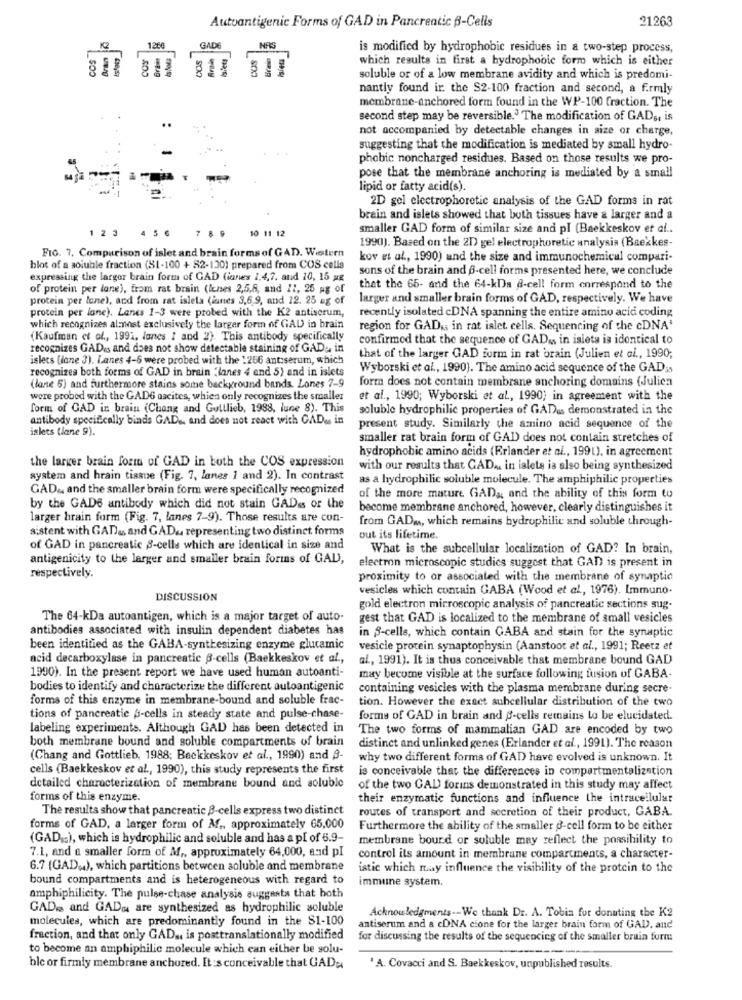
21263
Autoantigenic Forms of GAD in Pancreatic B-Cells
1260
HAS
K2
is modified by hydrophobic residues in a two-step process,
which results in first a hydrophobic form which is either
soluble or of a low membrane avidity and which is predomi-
nantly found ir the S2-100 fraction and second, a firmly
membrane-anchored form found in the WP-100 fraction. The
second step may be reversible." The modification of GADs, is
not accompanied by detectable changes in size or charge,
suggesting that the modification is mediated by small hydro-
phobic noncharged residues. Based on those results we pro-
pose that the membrane anchoring is mediated by a small
lipid or fatty acid(s).
2D gel electrophoretic analysis of the GAD forms in rat
brain and islets showed that both tissues have a larger and a
1 2 3
4 5
10 11 12
smaller GAD form of similar size and pl (Baekkeskov et al ..
7 8 9
FIG. 7. Comparison of islet and brain forms of GAD. Western
1990). Based on the 2D) gel electrophoretic analysis (Baekkes-
kov et al, 1990) and the size and immunochemical compari-
blot of a soluble fraction (81-100 + 52-130) prepared from COS cella
sons of the brain and f-cell forms presented here, we conclude
expressing the larger brain form of GAD (iones 1,4,7. and 10, 15 Mg
of protein per lane), from rat brain (lunes 2,5,8, and 11, 25 mg of
that the 65- and the 64-kDa f-cell form correspond to the
protein per lene), and from rat isleta (iunes 3,6,9, and 12. 25 ag of
larger and smaller brain forms of GAD, respectively. We have
protein per lane). Lanes 1-3 were probed with the K2 antiserum,
recently isolated cDNA spanning the entire amino acid coding
which recognizes almost exclusively the larger form of GAD in brain
region for GADKs in rat islet, cells. Sequencing of the cDNA'
(Kaufman et of ., 1991, lanes ! and 2). This antibody specifically
confirmed that the sequence of GADss in isleta is identical to
recognizes GADes and does not show detectable staining of GAD :, in
islets (lone 3). Lanes 4-6 were probed with the 1266 ant:serum, which
that of the larger GAD form in rat brain (Julien et al ., 1990;
recognizes both forms of GAD in brain "lanes 4 and 5) and in islets
Wyborski et al ., 1990). The amino acid sequence of the GAD ;.
form does not contain membrane anchoring domains (Julien
(lane 5) and furthermore stains some background bands. Lones 7-9
were probed with the GADG ascites, whien only recognizes the smaller
et al ., 1990; Wyborski et al ., 1990; in agreement with the
form of GAD in brain (Chang and Gottlieb, 1988, lune 8). This
soluble hydrophilic properties of GADus demonstrated in the
antibody specifically binda GAD ., and does not react with GAD.s in
islets (lane 9).
present study. Similarly the amino acid sequence of the
smaller rat brain form of GAD does not contain stretches of
hydrophobic amino acids (Erlander et al ., 1991), in agreement
the larger brain form of GAD in both the COS expression
with our results that GAD .. in islets is also being synthesized
system and hrain tissue (Fig. 7, lanes 1 and 2). In contrast
as a hydrophilic soluble molecule. The amphiphilic properties
GAD&, and the smaller brain form were specifically recognized
of the more mature GAD ,, and the ability of this form to
by the GADS antibody which did not stain GADss of the
become membrane anchored, however, clearly distinguishes it
larger brain form (Fig. 7, lanes 7-9). Those results are con-
from GAD ., which remains hydrophilic and soluble through-
sistent with GAD& and GAD. representing two distinct forms
out its lifetime.
of GAD in pancreatic S-cells which are identical in size and
What is the subcellular localization of GAD? In brain,
antigenicity to the larger and smaller brain forms of GAL,
electron microscopic studies suggest that GAD is present in
respectively.
proximity to or associated with the membrane of synaptic
vesicles which contain GABA (Wood et al, 1976). Immuno.
DISCUSSION
gold electron microscopic analysis of pancreatic sections sug-
The 64-kDa autoantigen, which is a major target of auto-
gest that GAD is localized to the membrane of small vesicles
antibodies associated with insulin dependent diabetes has
in 3-cells, which contain GABA and stain for the synaptic
been identified as the GABA-synthesizing enzyme glutamic
vesicle protein synaptophysin (Aanstoot et al ., 1991; Reetz et
acid decarboxylase in pancreatic 3-cells (Baekkeskov et al .,
al, 1991). It is thus conceivable that membrane bound GAD
1990). In the present report we have used human autoanti-
may become visible at the surface following fusion of GABA-
bodies to identify and characterize the different autoantigenic
containing vesicles with the plasma membrane during secre-
forms of this enzyme in membrane-bound and soluble frac-
tion. However the exact subcellular distribution of the two
tions of pancreatic p-cells in steady state and pulse-chase-
forms of GAD in brain and g-cells remains lo be elucidated.
labeling experiments. Although GAD has been detected in
The two forms of mammalian GAD are encoded by two
both membrane bound and soluble compartments of brain
distinct and unlinked genes (Erlander et al ., 1991). The reason
(Chang and Gottlieb, 1988; Backkeskov et al ., 1990) and 8-
why two different forms of GAD have evolved is unknown. It
cells (Baekkeskov et al ., 1990), this study represents the first
is conceivable that the differences in compartmentalization
detailed characterization of membrane bound and soluble
of the two GAL forins demonstrated in this study may affect
forms of this enzyme.
their enzymatic functions and influence the intracellular
The results show that pancreatic B-cells express two distinct
routes of transport and secretion of their product, GABA.
forms of GAD, a larger form of Af ,, approximately 65,000
Furthermore the ability of the smaller 3-cell form to be either
(GAD .. ), which is hydrophilic and soluble and has a pl of 6.9-
membrane bound or soluble may reflect the possibility to
7.1, and a smaller form of M ,, approximately 64,000, and pl
control its amount in membrane compartments, a character-
6.7 (GAD.), which partitions between soluble and membrane
istic which may influence the visibility of the protein to the
bound compartments and is heterogeneous with regard to
immune system.
amphiphilicity. The pulse-chase analysis suggests that both
GADs and GAD, are synthesized as hydrophilic soluble
molecules, which are predominantly found in the S1-100
Acknowledgements -- We thank Dr. A. Tobia for donating the K2
antiserum and & cDNA cione for the larger brain form of GAD, and
fraction, and that only GAD .. is posttranslationally modified
for discussing the results of the sequencing of the smaller brain form
to become an amphiphilic molecule which can either be solu-
ble or firmly membrane anchored. It :s conceivable that GAD ;.
A. Covacci and S. Baekkeskov, unpublished results.